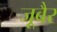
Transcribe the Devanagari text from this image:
जूबैर